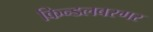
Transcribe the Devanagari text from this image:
किन्डलबरगर